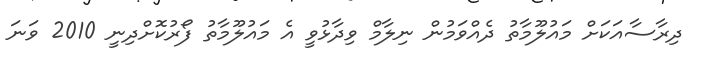
ދިރާސާއަކަށް މައުލޫމާތު ދެއްވަމުން ނިލާމް ވިދާޅުވީ އެ މައުލޫމާތު ފޯރުކޮށްދިނީ 2010 ވަނަ